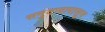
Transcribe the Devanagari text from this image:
समुदायापासून